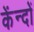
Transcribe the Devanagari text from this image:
केंन्दों